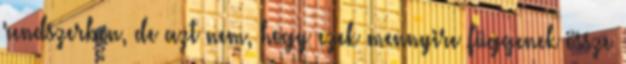
rendszerben, de azt nem, hogy ezek mennyire függenek össze